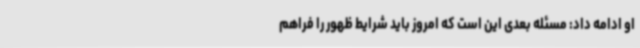
او ادامه داد: مسئله بعدی این است که امروز باید شرایط ظهور را فراهم